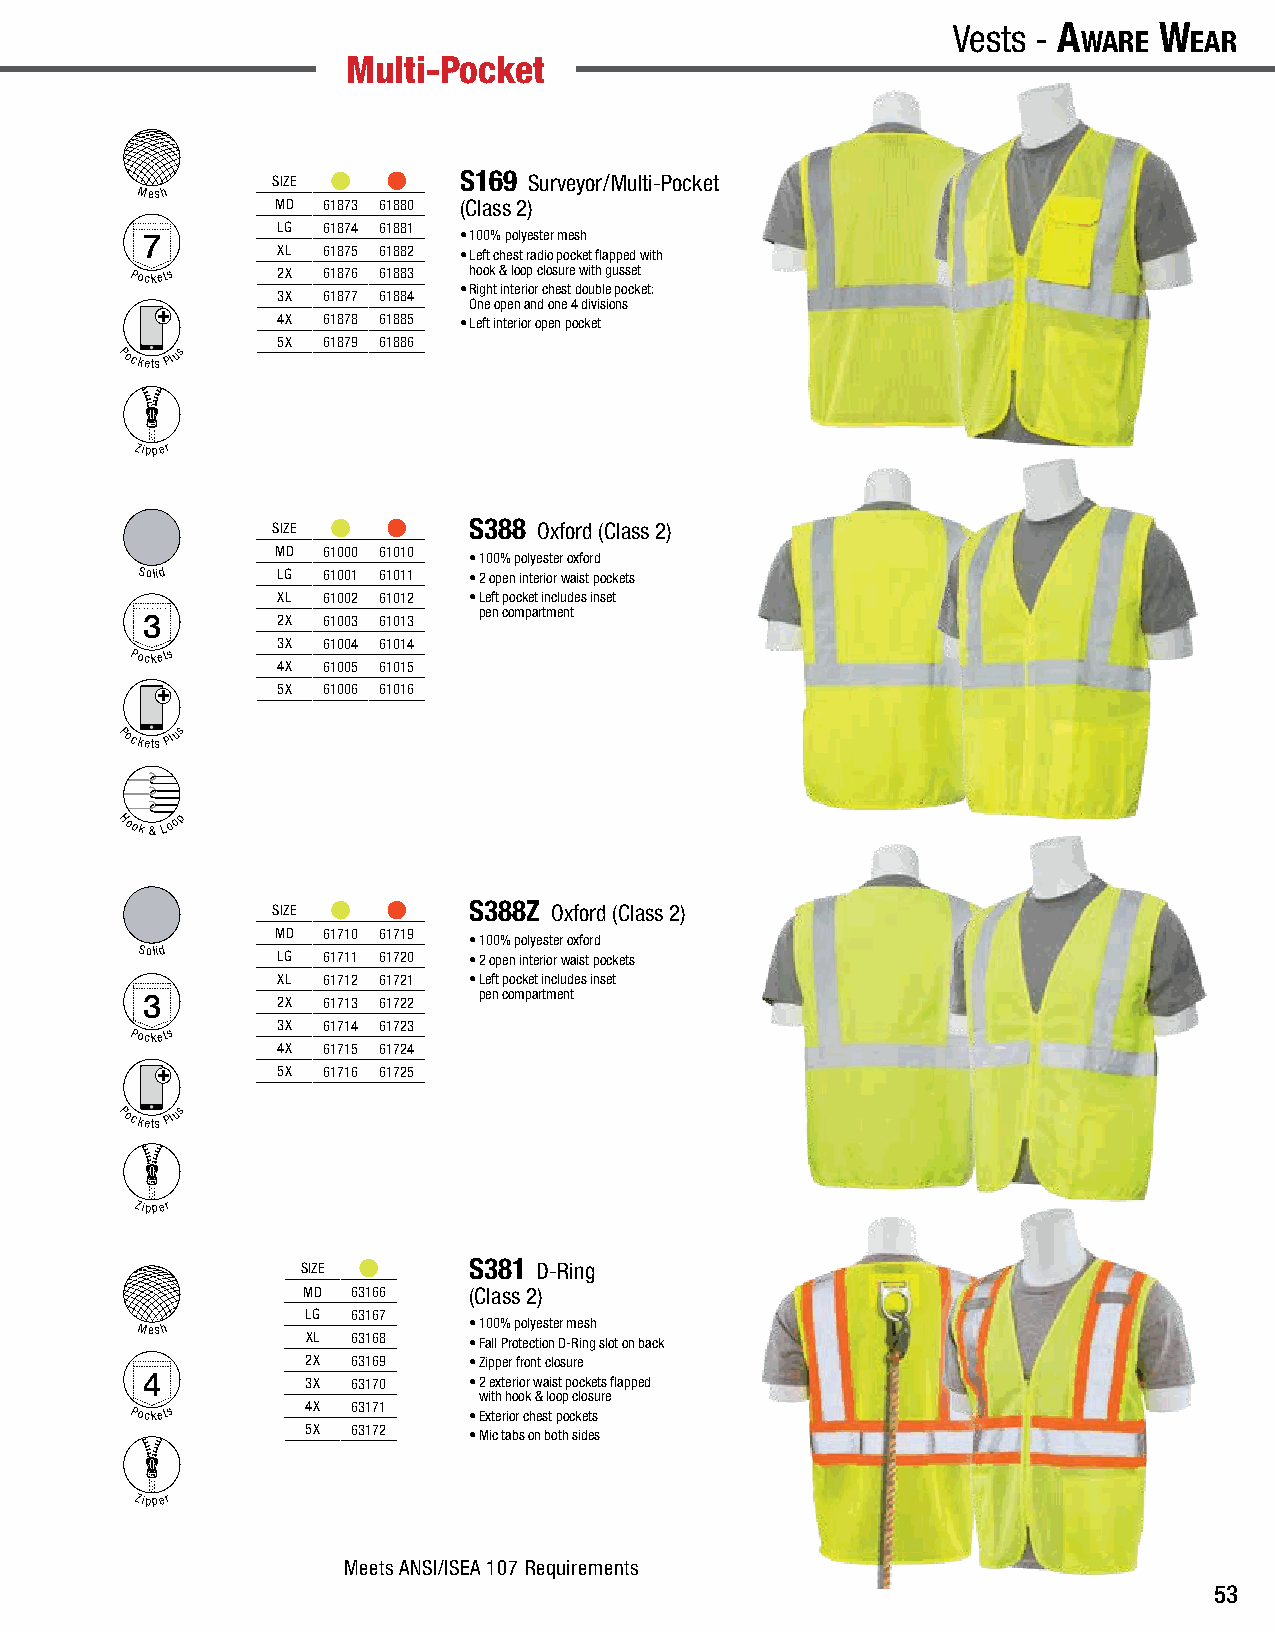
A
 wAre
 w
 eAr
 - Vests A
 wAre
 w
 eAr
 - Vests | Multi-Pocket Multi-Pocket | Vests - A
 wAre
 w
 eAr
 Vests - A
 wAre
 w
 eAr
 Multi-Pocket
 SIZE        S169 Surveyor/Multi-Pocket
 Mesh
 MD 61873 61880 (Class 2)
 LG 61874 61881
 7                    • 100% polyester mesh
 XL 61875 61882 • Left chest radio pocket flapped with
 Pockets  2X 61876 61883 hook & loop closure with gusset
 • Right interior chest double pocket:
 3X 61877 61884
 One open and one 4 divisions
 4X 61878 61885 • Left interior open pocket
 5X 61879 61886
 Pockets Plus
 Zipper
 SIZE         S388 Oxford (Class 2)
 MD 61000 61010
 • 100% polyester oxford
 Solid    LG 61001 61011 • 2 open interior waist pockets
 XL 61002 61012 • Left pocket includes inset
 pen compartment
 3        2X 61003 61013
 3X 61004 61014
 Pockets
 4X 61005 61015
 5X 61006 61016
 Pockets Plus
 Hook
 &
 Loop
 SIZE         S388Z Oxford (Class 2)
 MD 61710 61719
 • 100% polyester oxford
 Solid
 LG 61711 61720 • 2 open interior waist pockets
 XL 61712 61721 • Left pocket includes inset
 3        2X 61713 61722 pen compartment
 3X 61714 61723
 Pockets
 4X 61715 61724
 5X 61716 61725
 Pockets Plus
 A
 wAre
 w
 eAr
 - Vests        Unisex | Class 2 Vests - A
 wAre
 w
 eAr
 Zipper
 SIZE       S381 D-Ring
 MD 63166   (Class 2)
 LG 63167
 Mesh                  • 100% polyester mesh
 XL 63168   • Fall Protection D-Ring slot on back
 2X 63169   • Zipper front closure
 4          3X 63170   • 2 exterior waist pockets flapped
 with hook & loop closure
 Pockets    4X 63171   • Exterior chest pockets
 5X 63172   • Mic tabs on both sides
 Zipper
 Meets ANSI/ISEA 107 Requirements
 53